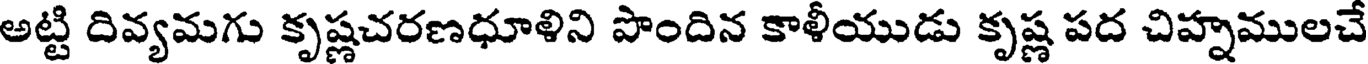
అట్టి దివ్యమగు కృష్ణచరణధూళిని పొందిన కాళీయుడు కృష్ణ పద చిహ్నములచే